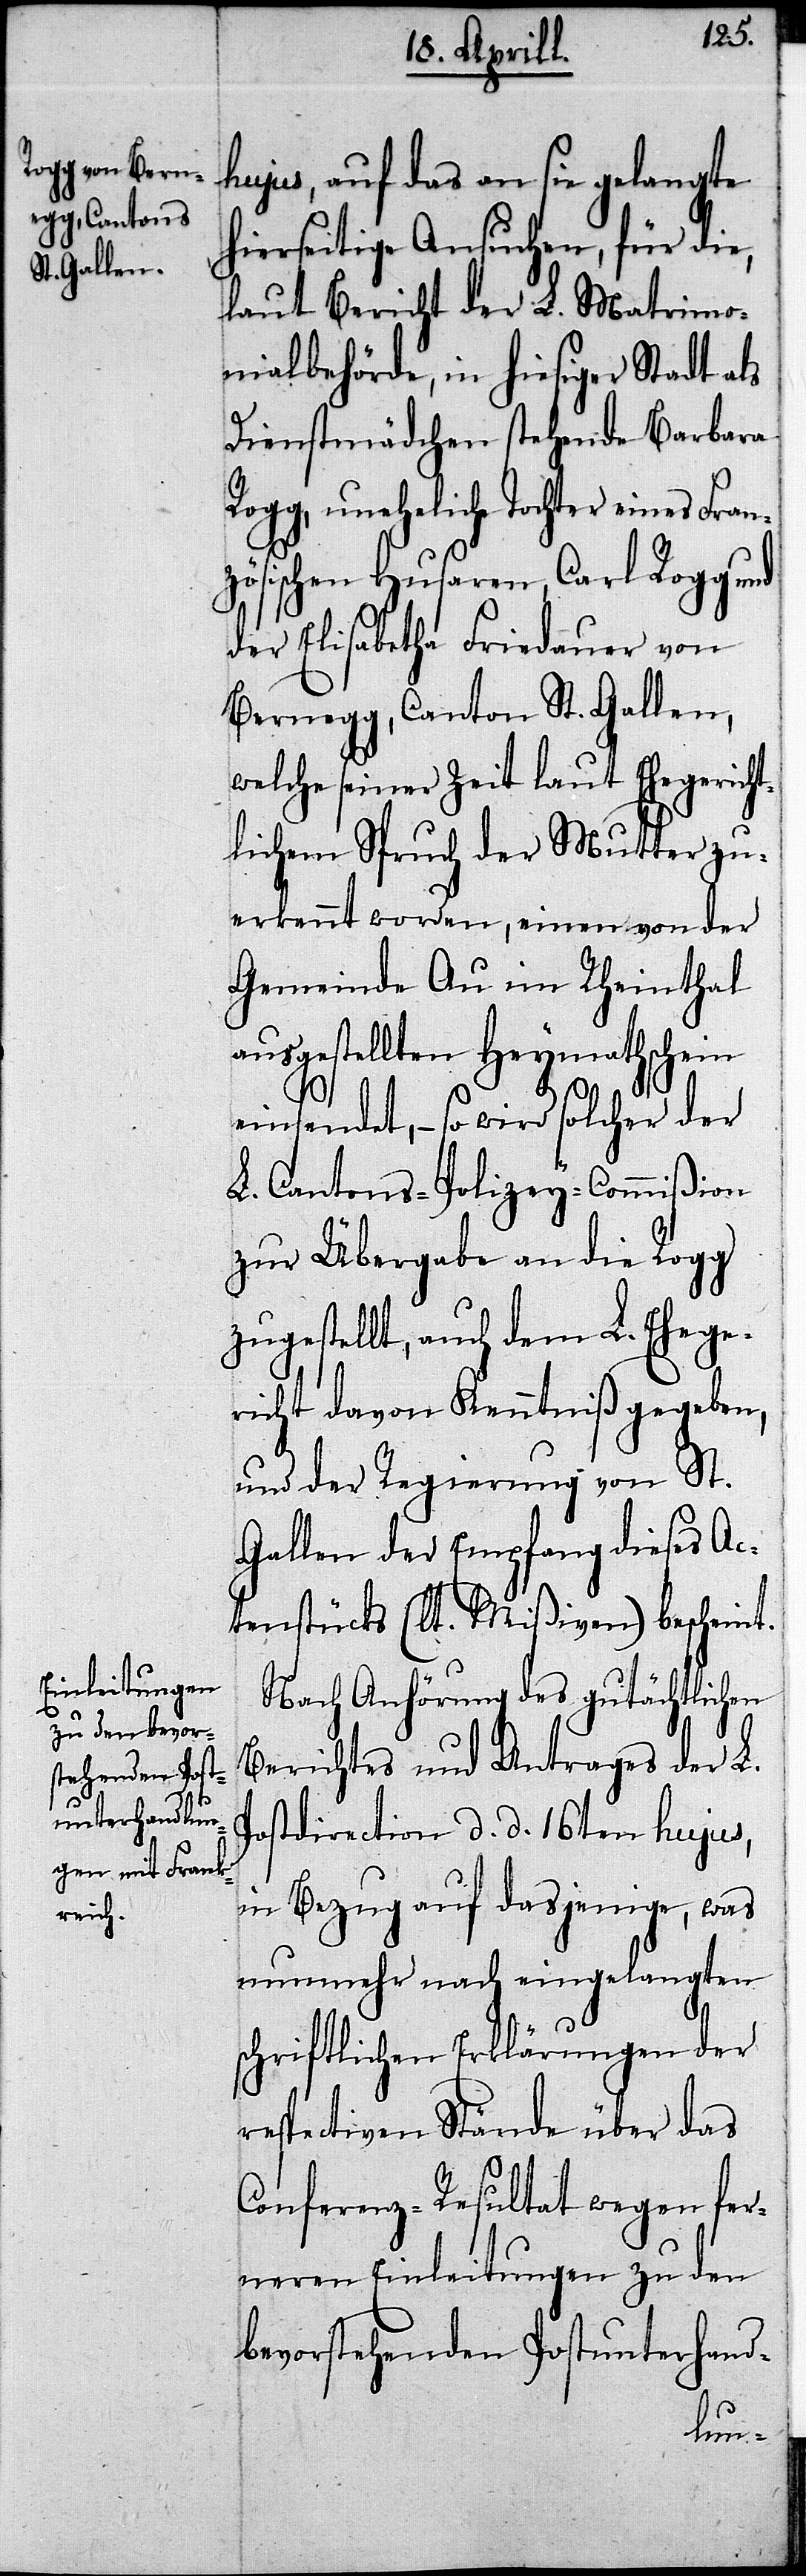
hujus, auf das an sie gelangte
hierseitige Ansuchen, für die,
laut Bericht der L. Matrimo¬
nialbehörde, in hiesiger Stadt als
Dienstmädchen stehende Barbara
Rogg, uneheliche Tochter eines Fran¬
zösischen Husaren, Carl Rogg und
der Elisabetha Friedauer von
Bernegg, Canton St. Gallen,
welche seiner Zeit laut Ehegericht¬
lichem Spruch der Mutter zu¬
erkannt worden, einen von der
Gemeinde Au im Rheinthal
ausgestellten Heymathschein
einsendet,– so wird solcher der
L. Cantons-Polizey-Commißion
zur Übergabe an die Rogg
zugestellt, auch dem L. Ehege¬
richt davon Kenntniß gegeben,
und der Regierung von St.
Gallen der Empfang dieses Ac¬
tenstücks (lt. Mißiven) bescheint.
Nach Anhörung des gutächtlichen
Berichtes und Antrages der L.
Postdirection d. d. 16ten hujus,
in Bezug auf dasjenige, was
nunmehr nach eingelangten
schriftlichen Erklärungen der
respectiven Stände über das
Conferenz-Resultat wegen fer¬
neren Einleitungen zu den
bevorstehenden Postunterhan-